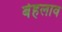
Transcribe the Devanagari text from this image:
बेहलाव